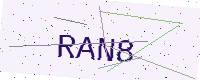
Text: RAN8